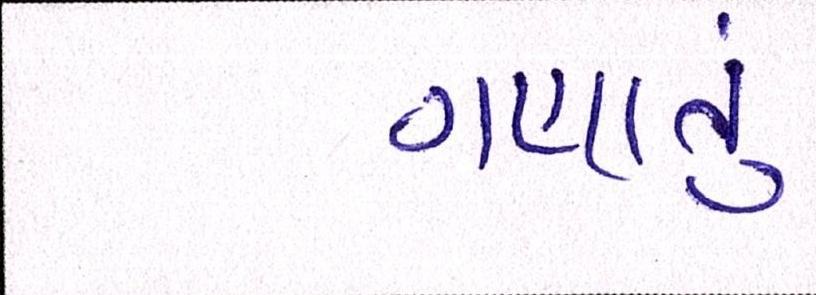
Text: ગણાતું